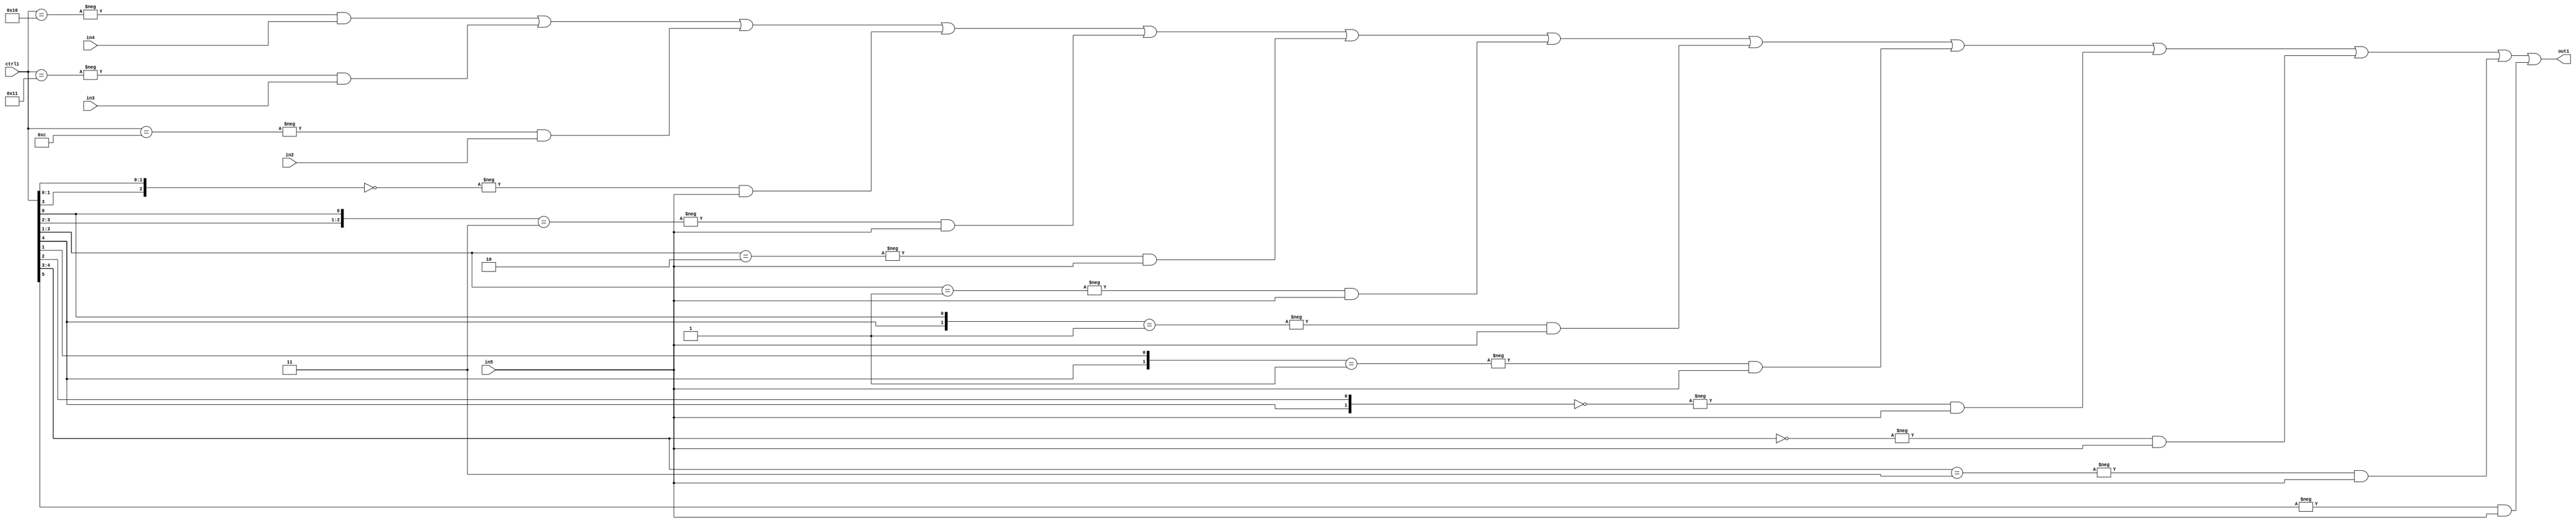
`timescale 1ps / 1ps
/*****************************************************************************
    Verilog RTL Description
    
    
    Created by: Stratus DpOpt 21.05.01 
*******************************************************************************/

module SobelFilter_N_Mux_32_4_45_1 (
	in5,
	in4,
	in3,
	in2,
	ctrl1,
	out1
	); /* architecture "behavioural" */ 
input [31:0] in5;
input [8:0] in4,
	in3,
	in2;
input [5:0] ctrl1;
output [31:0] out1;
wire [31:0] asc001;

assign asc001 = 
	-{ctrl1 == 6'B010110} & in4 |
	-{ctrl1 == 6'B010001} & in3 |
	-{ctrl1 == 6'B001100} & in2 |
	-{{ctrl1[3], ctrl1[1:0]} == 3'B000} & in5 |
	-{{ctrl1[3:2], ctrl1[0]} == 3'B011} & in5 |
	-{ctrl1[3:1] == 3'B010} & in5 |
	-{ctrl1[3:1] == 3'B001} & in5 |
	-{{ctrl1[4], ctrl1[0]} == 2'B01} & in5 |
	-{{ctrl1[4], ctrl1[1]} == 2'B01} & in5 |
	-{{ctrl1[4], ctrl1[2]} == 2'B00} & in5 |
	-{ctrl1[4:3] == 2'B00} & in5 |
	-{ctrl1[4:3] == 2'B11} & in5 |
	-{ctrl1[5] == 1'B1} & in5 ;

assign out1 = asc001;
endmodule

/* CADENCE  vLDwTgA= : u9/ySxbfrwZIxEzHVQQV8Q== ** DO NOT EDIT THIS LINE ******/